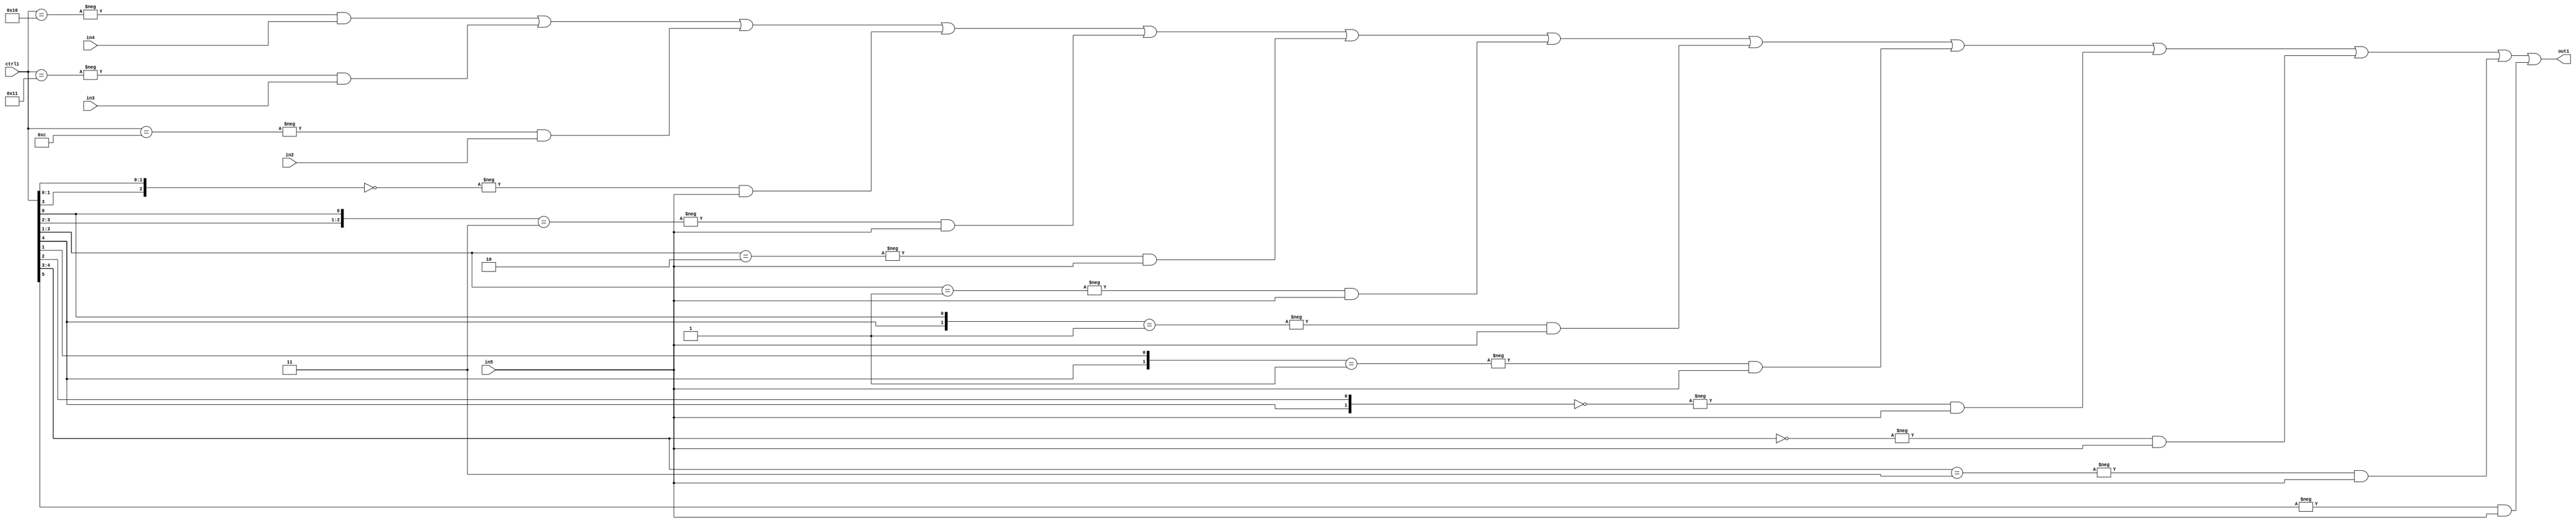
`timescale 1ps / 1ps
/*****************************************************************************
    Verilog RTL Description
    
    
    Created by: Stratus DpOpt 21.05.01 
*******************************************************************************/

module SobelFilter_N_Mux_32_4_45_1 (
	in5,
	in4,
	in3,
	in2,
	ctrl1,
	out1
	); /* architecture "behavioural" */ 
input [31:0] in5;
input [8:0] in4,
	in3,
	in2;
input [5:0] ctrl1;
output [31:0] out1;
wire [31:0] asc001;

assign asc001 = 
	-{ctrl1 == 6'B010110} & in4 |
	-{ctrl1 == 6'B010001} & in3 |
	-{ctrl1 == 6'B001100} & in2 |
	-{{ctrl1[3], ctrl1[1:0]} == 3'B000} & in5 |
	-{{ctrl1[3:2], ctrl1[0]} == 3'B011} & in5 |
	-{ctrl1[3:1] == 3'B010} & in5 |
	-{ctrl1[3:1] == 3'B001} & in5 |
	-{{ctrl1[4], ctrl1[0]} == 2'B01} & in5 |
	-{{ctrl1[4], ctrl1[1]} == 2'B01} & in5 |
	-{{ctrl1[4], ctrl1[2]} == 2'B00} & in5 |
	-{ctrl1[4:3] == 2'B00} & in5 |
	-{ctrl1[4:3] == 2'B11} & in5 |
	-{ctrl1[5] == 1'B1} & in5 ;

assign out1 = asc001;
endmodule

/* CADENCE  vLDwTgA= : u9/ySxbfrwZIxEzHVQQV8Q== ** DO NOT EDIT THIS LINE ******/